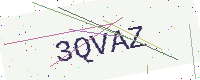
Text: 3QVAZ